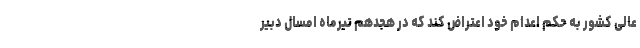
عالی کشور به حکم اعدام خود اعتراض کند که در هجدهم تیرماه امسال دبیر